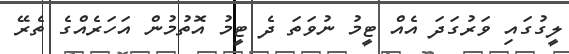
ލީގުގައި ވަރުގަދަ އެއް ޓީމު ނުވަތަ ދެ ޓީމު އޮތުމުން އަހަރެއްގެ ތެރޭ